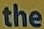
the